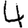
Digit: 4